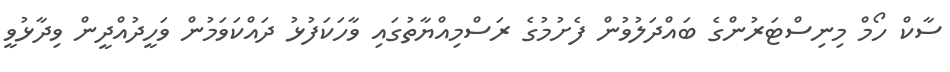
ސާކް ހޯމް މިނިސްޓަރުންގެ ބައްދަލުވުން ފެށުމުގެ ރަސްމިއްޔާތުގައި ވާހަކަފުޅު ދައްކަވަމުން ވަހީދުއްދީން ވިދާޅުވީ